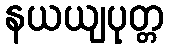
နယယျပုတ္တ